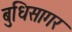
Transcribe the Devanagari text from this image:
बुधिसागर